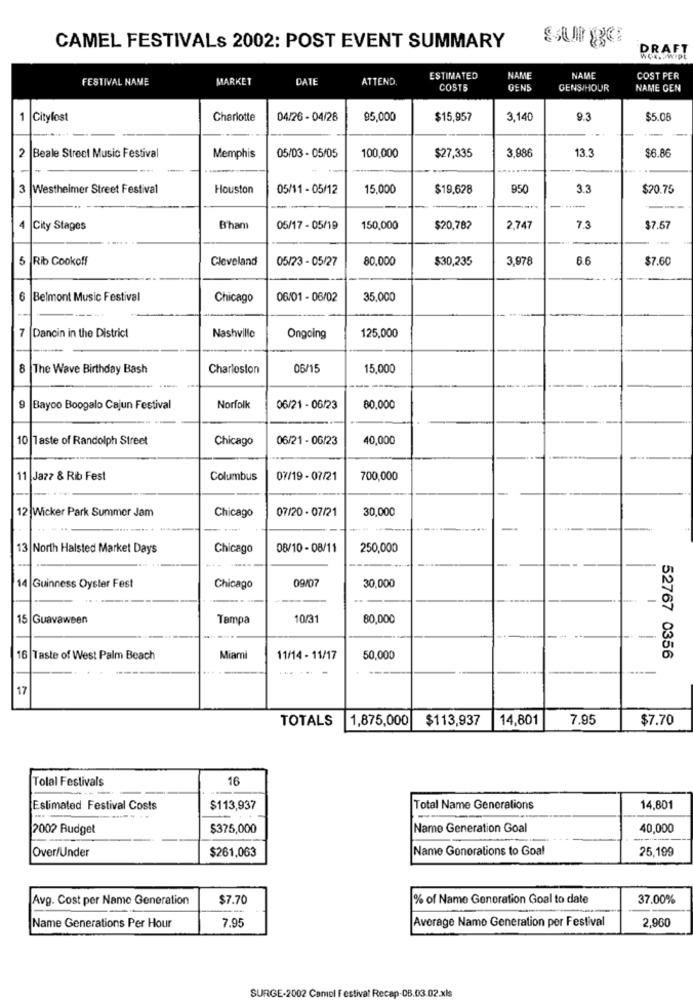
Ssurge
CAMEL FESTIVALS 2002: POST EVENT SUMMARY
DRAFT
WOR. WIDE
FESTIVAL NAME
MARKET
DATE
ATTEND
ESTIMATED
NAME
NAME
COST PER
COSTS
GENS
GENS/HOUR
NAME GEN
1
Citylost
Charlotte
04/26 - 04/28
95,000
$15,957
3,140
9.3
$5.08
2
Beale Street Music Festival
Memphis
05/03 - 05/05
100,000
$27,335
3,986
13.3
$6.86
3 |Westheimer Street Festival
Houston
05/11 - 05/12
15,000
$19,628
950
3.3
$20.75
4
City Stages
B'ham
05/17 - 05/19
150,000
$20,782
2,747
7.3
$7.57
5
Rib Cookoff
Cleveland
05/23 - 05/27
80,000
$30,235
3,978
6.6
$7.60
6 Belmont Music Festival
Chicago
06/01 - 06/02
35,000
--
7 Dancin in the District
Nashville
Ongoing
125,000
8 The Wave Birthday Bash
Charleston
06/15
15,000
9
Bayoo Boogalo Cajun Festival
Norfolk
06/21 - 06/23
80.000
10 Taste of Randolph Street
Chicago
06/21 - 06/23
40,000
11 Jazz & Rib Fest
Columbus
07/19 - 07/21
700,000
12 Wicker Park Summer Jam
Chicago
07/20 - 07/21
30,000
13 North Halsted Market Days
Chicago
08/10 - 08/11
250,000
14
Guinness Oyster Fest
09/07
30,000
Chicago
-
15 Guavaween
Tampa
10/31
80,000
-
16 Taste of West Palm Beach
Miami
11/14 - 11/17
50,000
52767 0356
---- -
17
TOTALS
1,875,000
$113,937
14,801
7.95
$7.70
Tolal Festivals
16
Estimated Festival Costs
$113,937
Total Name Generations
14,801
2002 Budget
$375,000
Name Generation Goal
40,000
Over/Under
$261,063
Name Gonorations to Goal
25,199
Avg. Cost per Name Generation
$7.70
% of Name Generation Goal to date
37.00%
7.95
Average Namo Generation per Festival
2.960
Name Generations Per Hour
SURGE-2002 Camel Festival Recep-08.03.02.xls